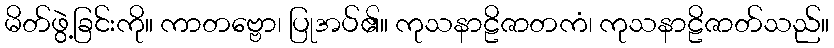
မိတ်ဖွဲ့ခြင်းကို။ ကာတဗ္ဗော၊ ပြုအပ်၏။ ကုသနာဠိဇာတကံ၊ ကုသနာဠိဇာတ်သည်။